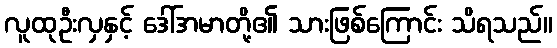
လူထုဦးလှနှင့် ဒေါ်အမာတို့၏ သားဖြစ်ကြောင်း သိရသည်။